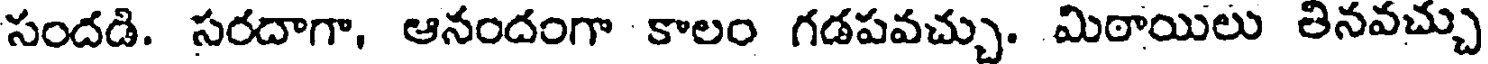
సందడి. సరదాగా, ఆనందంగా కాలం గడపవచ్చు. మిఠాయిలు తినవచ్చు